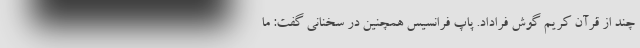
چند از قرآن کریم گوش فراداد. پاپ فرانسیس همچنین در سخنانی گفت: ما